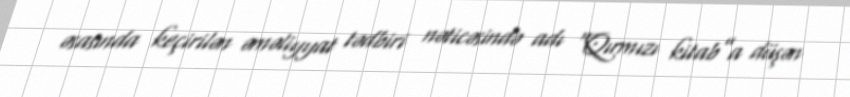
əsasında keçirilən əməliyyat tədbiri nəticəsində adı “Qırmızı kitab”a düşən